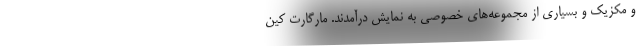
و مکزیک و بسیاری از مجموعه‌های خصوصی به نمایش درآمدند. مارگارت کین